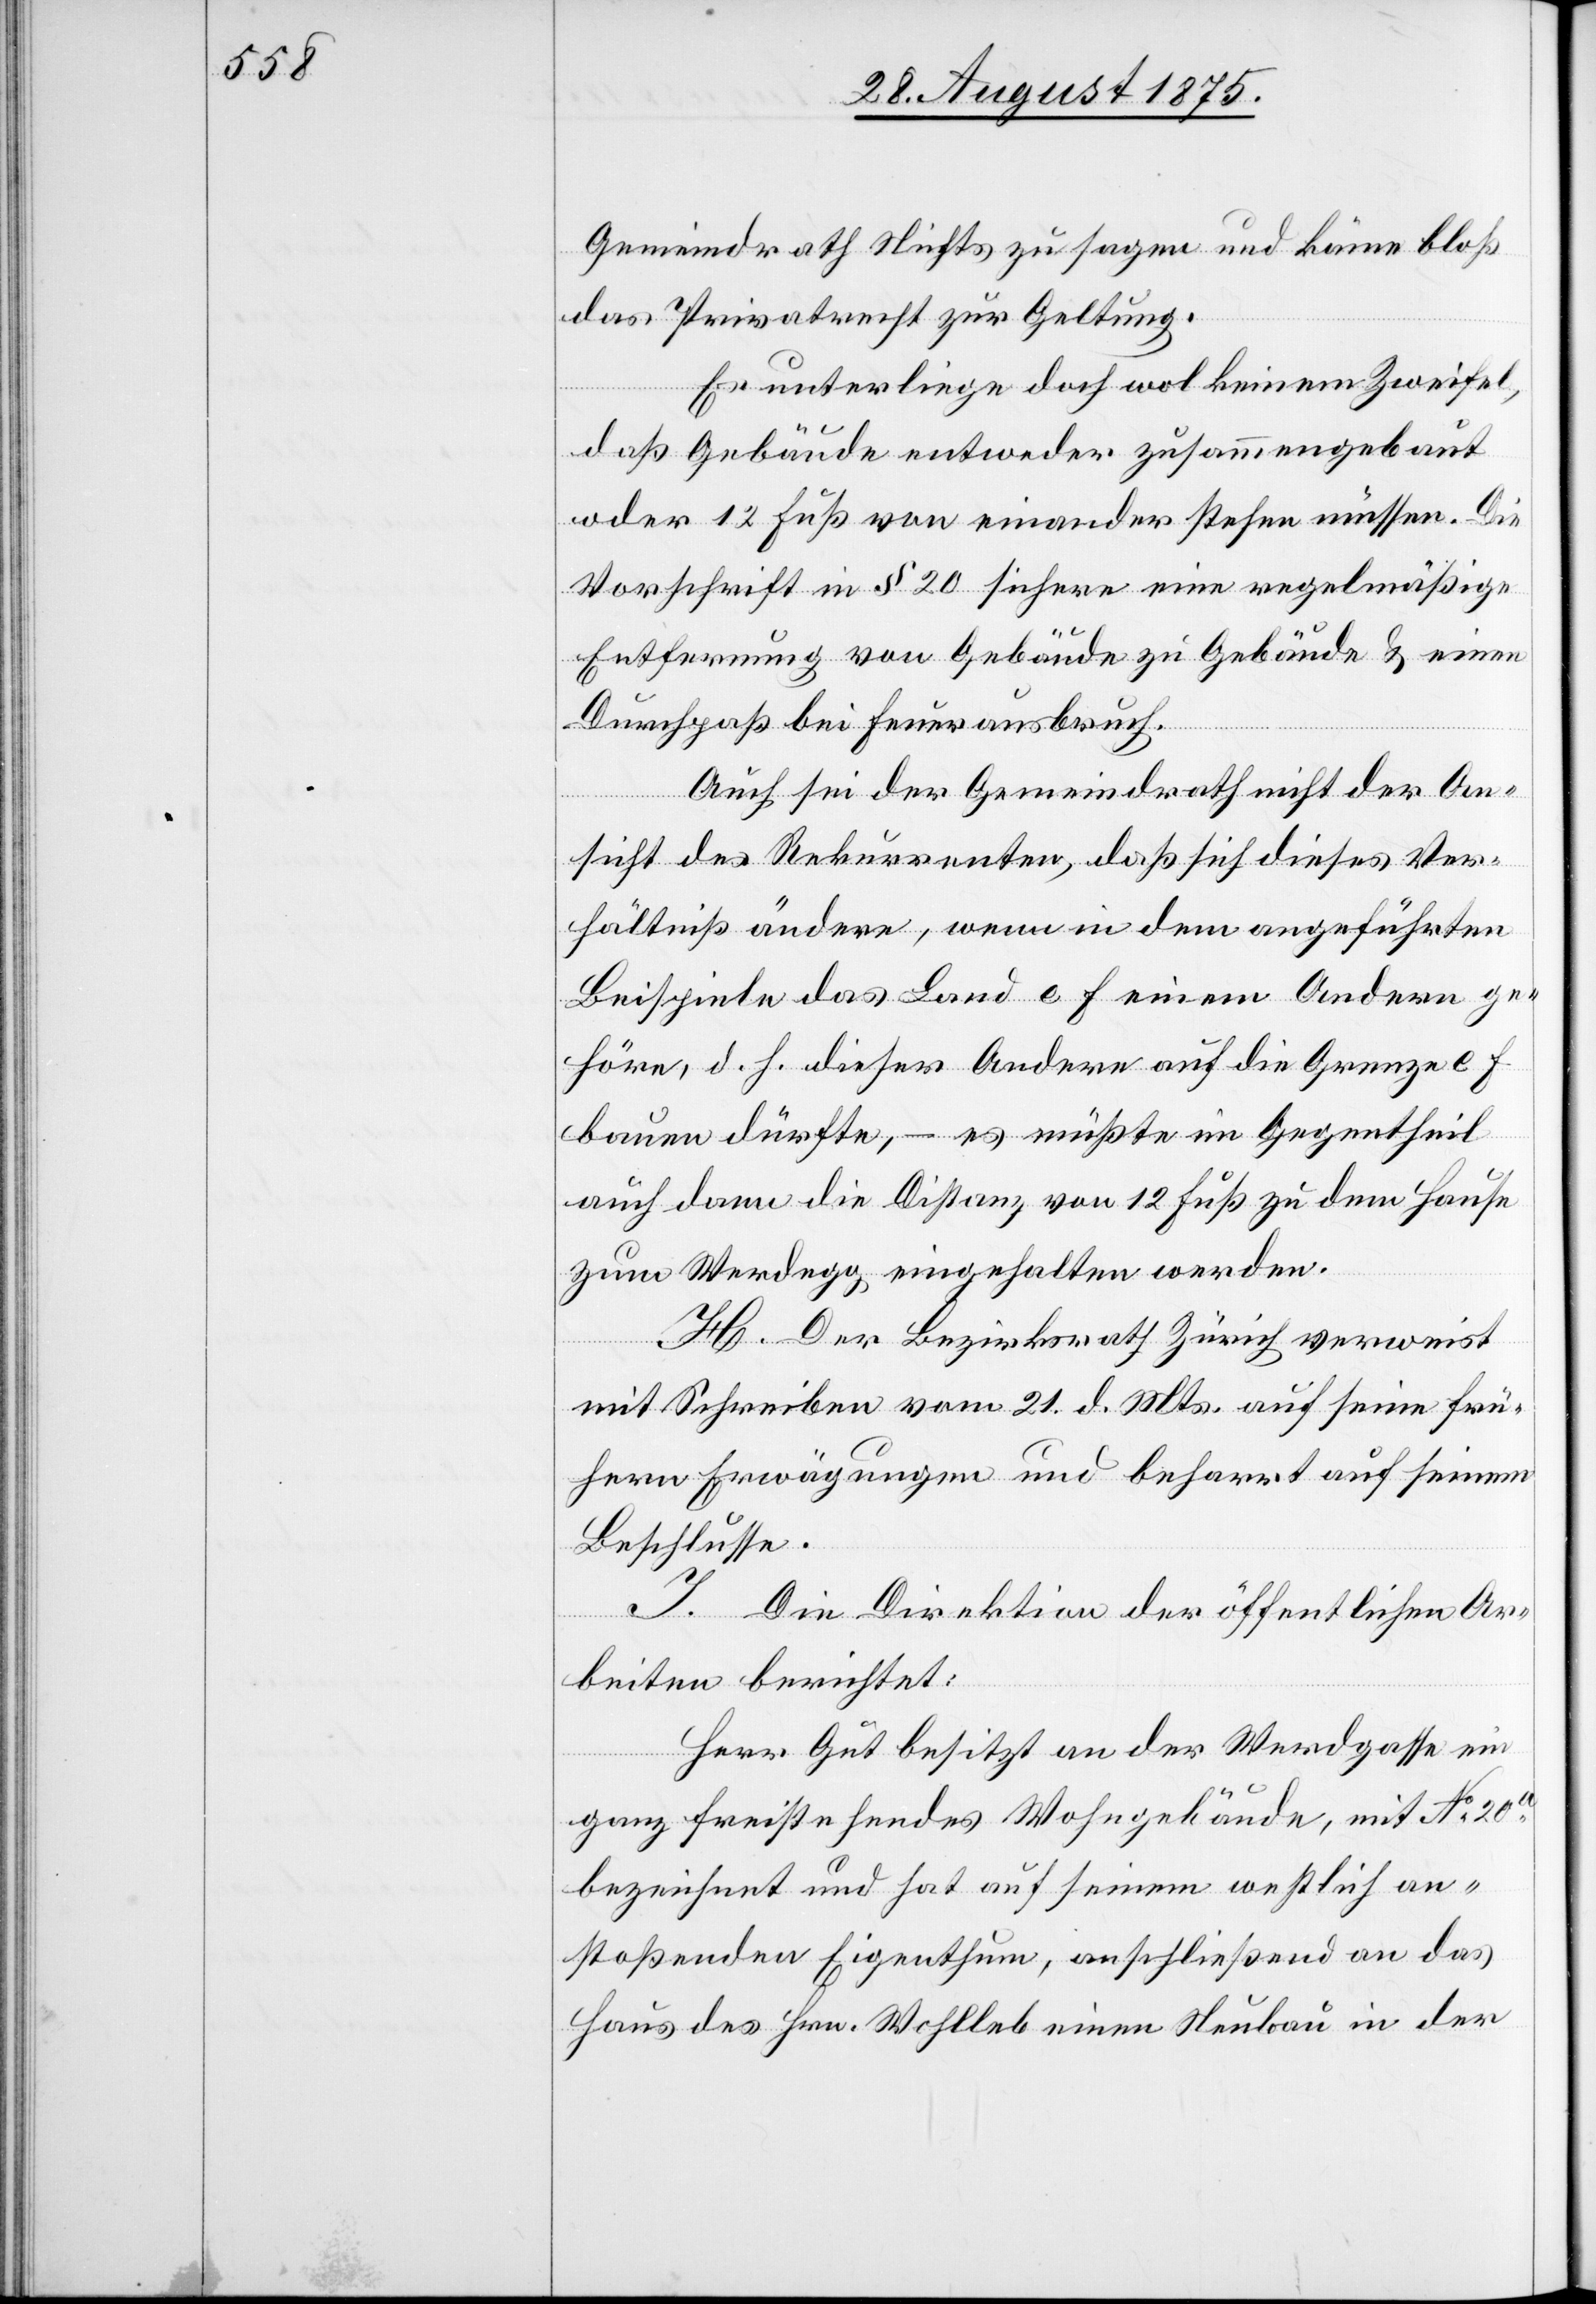
Gemeindrath Nichts zu sagen und käme bloß
das Privatrecht zur Geltung.
Es unterliege doch wol keinem Zweifel,
daß Gebäude entweder zusammengebaut
oder 12 Fuß von einander stehen müssen. Die
Vorschrift in § 20 sichere eine regelmäßige
Entfernung von Gebäude zu Gebäude & einen
Durchpaß bei Feuerausbruch.
Auch sei der Gemeindrath nicht der An¬
sicht des Rekurrenten, daß sich dieses Ver¬
hältniß ändere, wenn in dem angeführten
Beispiele das Land e f einem Andern ge¬
höre, d. h. dieser Andere auf die Grenze e f
bauen dürfte, – es müßte im Gegentheil
auch dann die Distanz von 12 Fuß zu dem Hause
zum Werdegg eingehalten werden.
[sic!] Der Bezirksrath Zürich verweist
mit Schreiben vom 21. d. Mts. auf seine frü¬
hern Erwägungen und beharrt auf seinem
Beschlusse.
J. Die Direktion der öffentlichen Ar¬
beiten berichtet:
Herr Gut besitzt an der Werdgasse ein
ganz freistehendes Wohngebäude, mit No 20a
bezeichnet und hat auf seinem westlich an¬
stoßenden Eigenthum, anschließend an das
Haus des Hrn. Wohlleb einen Neubau in der